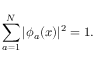
\sum _ { a = 1 } ^ { N } | \phi _ { a } ( x ) | ^ { 2 } = 1 .